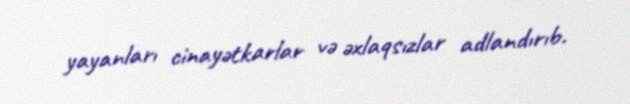
yayanları cinayətkarlar və əxlaqsızlar adlandırıb.